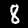
Digit: 8